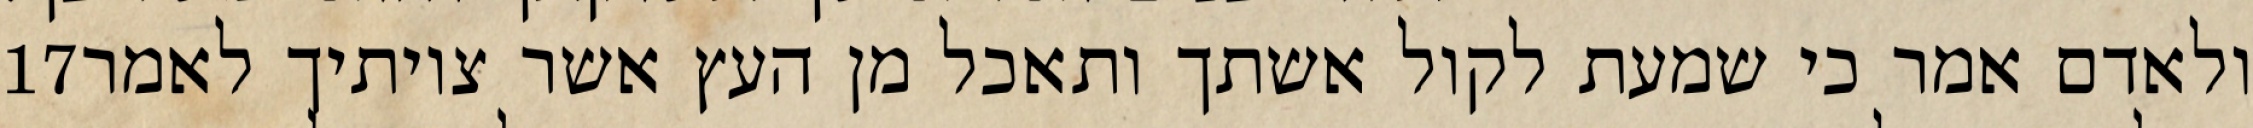
‎17‏ ולאדם אמר כי שמעת לקול אשתך ותאכל מן העץ אשר צויתיך לאמר